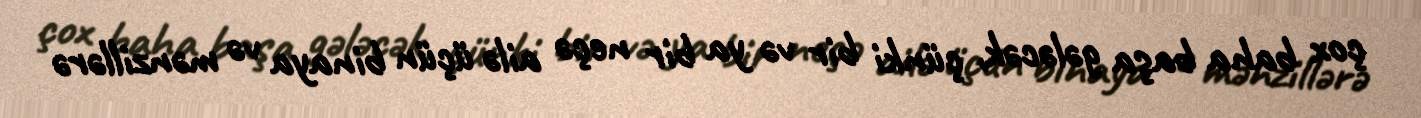
çox baha başa gələcək, çünki bir və ya bir neçə ailə üçün binaya və mənzillərə